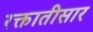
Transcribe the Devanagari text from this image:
रक्तातीसार